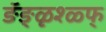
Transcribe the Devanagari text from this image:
ङॅङ्ळृश्ळ्फ्